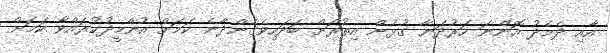
އާއި ދެމެދު އޮންނަ ހަރުދަނާ ގުޅުން އިތުރަށް ބަދަހިވެގެންދާނެ ކަމަށް އުންމީދުކުރައްވާ ކަމަށް